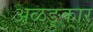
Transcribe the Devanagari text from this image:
अळङ्कार